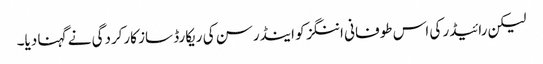
لیکن رائیڈر کی اس طوفانی اننگز کو اینڈرسن کی ریکارڈ ساز کارکردگی نے گہنا دیا۔